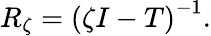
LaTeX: R_{\zeta}=\left(\zeta I-T\right)^{-1}.